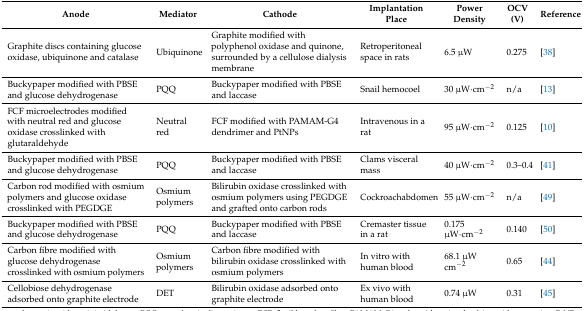
<table><thead><tr><td><b>Anode</b></td><td><b>Mediator</b></td><td><b>Cathode</b></td><td><b>Implantation Place</b></td><td><b>Power Density</b></td><td><b>OCV (V)</b></td><td><b>Reference</b></td></tr></thead><tbody><tr><td>Graphite discs containing glucose oxidase, ubiquinone and catalase</td><td>Ubiquinone</td><td>Graphite modified with polyphenol oxidase and quinone, surrounded by a cellulose dialysis membrane</td><td>Retroperitoneal space in rats</td><td>6.5 μW</td><td>0.275</td><td>[38]</td></tr><tr><td>Buckypaper modified with PBSE and glucose dehydrogenase</td><td>PQQ</td><td>Buckypaper modified with PBSE and laccase</td><td>Snail hemocoel</td><td>30 μW·cm<sup>−2</sup></td><td>n/a</td><td>[13]</td></tr><tr><td>FCF microelectrodes modified with neutral red and glucose oxidase crosslinked with glutaraldehyde</td><td>Neutral red</td><td>FCF modified with PAMAM-G4 dendrimer and PtNPs</td><td>Intravenous in a rat</td><td>95 μW·cm<sup>−2</sup></td><td>0.125</td><td>[10]</td></tr><tr><td>Buckypaper modified with PBSE and glucose dehydrogenase</td><td>PQQ</td><td>Buckypaper modified with PBSE and laccase</td><td>Clams visceral mass</td><td>40 μW·cm<sup>−2</sup></td><td>0.3–0.4</td><td>[41]</td></tr><tr><td>Carbon rod modified with osmium polymers and glucose oxidase crosslinked with PEGDGE</td><td>Osmium polymers</td><td>Bilirubin oxidase crosslinked with osmium polymers using PEGDGE and grafted onto carbon rods</td><td>Cockroachabdomen</td><td>55 μW·cm<sup>−2</sup></td><td>n/a</td><td>[49]</td></tr><tr><td>Buckypaper modified with PBSE and glucose dehydrogenase</td><td>PQQ</td><td>Buckypaper modified with PBSE and laccase</td><td>Cremaster tissue in a rat</td><td>0.175 μW·cm<sup>−2</sup></td><td>0.140</td><td>[50]</td></tr><tr><td>Carbon fibre modified with glucose dehydrogenase crosslinked with osmium polymers</td><td>Osmium polymers</td><td>Carbon fibre modified with bilirubin oxidase crosslinked with osmium polymers</td><td>In vitro with human blood</td><td>68.1 μW cm<sup>−2</sup></td><td>0.65</td><td>[44]</td></tr><tr><td>Cellobiose dehydrogenase adsorbed onto graphite electrode</td><td>DET</td><td>Bilirubin oxidase adsorbed onto graphite electrode</td><td>Ex vivo with human blood</td><td>0.74 μW</td><td>0.31</td><td>[45]</td></tr></tbody></table>